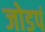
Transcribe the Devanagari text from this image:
जोडपं